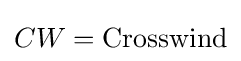
CW={\text{Crosswind}}